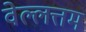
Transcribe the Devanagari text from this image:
वेल्लत्तम